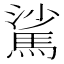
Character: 𩣟